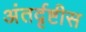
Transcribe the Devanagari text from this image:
अंतर्दृष्टीस